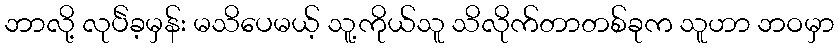
ဘာလို့ လုပ်ဲခ့မှန်း မသိပေမယ့် သူ့ကိုယ်သူ သိလိုက်တာတစ်ခုက သူဟာ ဘဝမှာ